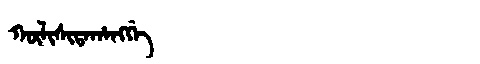
Manchu: ᡴᡡᠯᡳᠰᡳᡨᠠᡥᠠᠩᡤᡝ
Romanization: KŪLISITAHANGGE